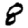
Digit: 8